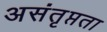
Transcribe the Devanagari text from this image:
असंतृप्तता